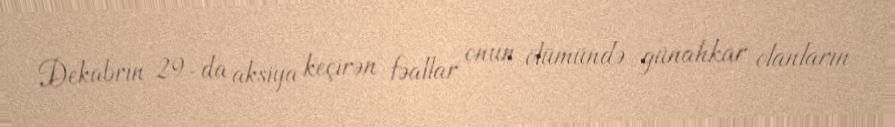
Dekabrın 29-da aksiya keçirən fəallar onun ölümündə günahkar olanların